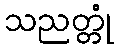
သညတ္တုံ